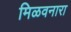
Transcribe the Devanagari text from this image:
मिळवनारा